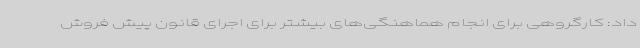
داد: کارگروهی برای انجام هماهنگی‌های بیشتر برای اجرای قانون پیش فروش